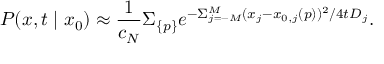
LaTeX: P ( x , t \mid x _ { 0 } ) \approx { \frac { 1 } { c _ { N } } } \Sigma _ { \{ p \} } e ^ { - \Sigma _ { j = - M } ^ { M } ( x _ { j } - x _ { 0 , j } ( p ) ) ^ { 2 } / 4 t D _ { j } } .